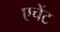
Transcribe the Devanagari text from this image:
एचेंट